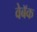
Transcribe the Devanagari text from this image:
वेबॅक